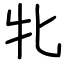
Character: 牝